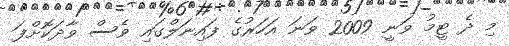
މި ދެ ޓީމު ވަނީ 2009 ވަނަ އަހަރުގެ ފައިނަލްގައި ވެސް ވާދަކޮށްފަ